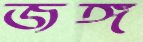
জঙ্গ